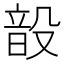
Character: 𮸳